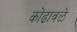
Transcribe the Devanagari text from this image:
कोंढावळे